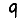
Digit: 9